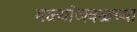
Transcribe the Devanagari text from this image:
मळ्यांजवळच्या